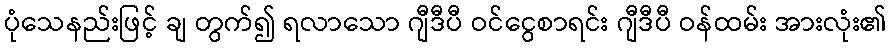
ပုံသေနည်းဖြင့် ချ တွက်၍ ရလာသော ဂျီဒီပီ ဝင်ငွေစာရင်း ဂျီဒီပီ ဝန်ထမ်း အားလုံး၏